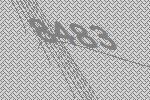
8483